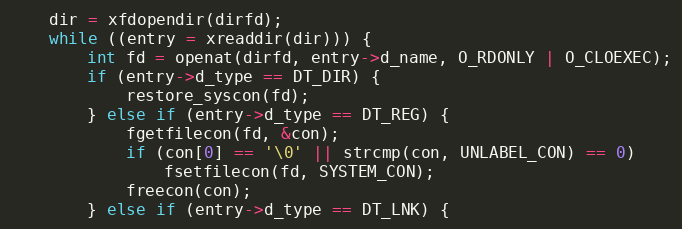
Language: C++
    dir = xfdopendir(dirfd);
    while ((entry = xreaddir(dir))) {
        int fd = openat(dirfd, entry->d_name, O_RDONLY | O_CLOEXEC);
        if (entry->d_type == DT_DIR) {
            restore_syscon(fd);
        } else if (entry->d_type == DT_REG) {
            fgetfilecon(fd, &con);
            if (con[0] == '\0' || strcmp(con, UNLABEL_CON) == 0)
                fsetfilecon(fd, SYSTEM_CON);
            freecon(con);
        } else if (entry->d_type == DT_LNK) {